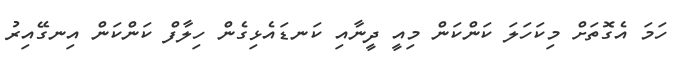
ހަަަމަ އެގޮތަށް މިކަހަލަ ކަންކަން މިއީ ދީނާއި ކަނޑައެޅިގެން ހިލާފް ކަންކަން އިނގޭއިރު